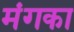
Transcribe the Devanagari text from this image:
मंगका